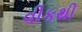
વીકથી